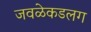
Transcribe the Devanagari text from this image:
जवळेकडलग